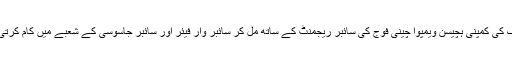
لی کا شنگ کی کمپنی ہچیسن ویمپوا چینی فوج کی سائبر ریجمنٹ کے ساتھ مل کر سائبر وار فیئر اور سائبر جاسوسی کے شعبے میں کام کرتی رہی ہے۔